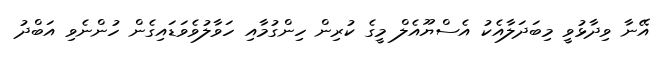
އޭނާ ވިދާޅުވީ މިބަދަލާއެކު އެސްޔޫއެލް މީގެ ކުރިން ހިންގުމާއި ހަވާލުވެވަޑައިގެން ހުންނެވި އަބްދު